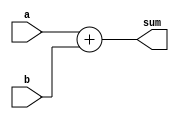
`timescale 1ns / 1ps
//////////////////////////////////////////////////////////////////////////////////
// Company: 
// Engineer: 
// 
// Design Name: 
// Module Name: add_8_bit
// Project Name: 
// Target Devices: 
// Tool Versions: 
// Description: 
// 
// Dependencies: 
// 
// Revision:
// Revision 0.01 - File Created
// Additional Comments:
// 
//////////////////////////////////////////////////////////////////////////////////


module add_8_bit(a,b,sum);

    input[7:0] a,b;
    output[7:0] sum;
    
    assign sum = a + b;
    
endmodule